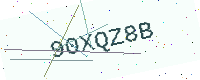
Text: 90XQZ8B